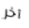
آخر